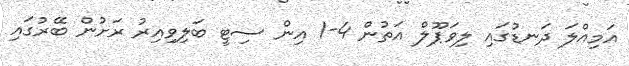
އަމިއްލަ ދަނޑުގައި ލިވަޕޫލް އަތުން 4-1 އިން ސިޓީ ބަލިވިއިރު ރަށުން ބޭރުގައި